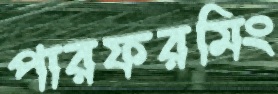
পারফরমিং